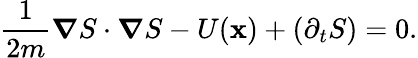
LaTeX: \frac{1}{2m}\boldsymbol{\nabla}S\cdot\boldsymbol{\nabla}S-U(\mathbf{x})+(\partial_{t}S)=0.